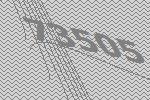
73505